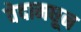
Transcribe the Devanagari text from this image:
वेदामधून